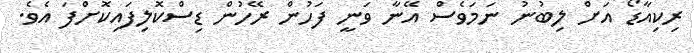
ރިކިއާޑޯ އަށް ލިބުނު ނަމަވެސް އޭނާ ވަނީ ފަހުން ރޭހުން ޑިސްކޮލިފައިކޮށްފަ އެވެ.